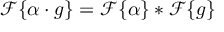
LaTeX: { \mathcal { F } } \{ \alpha \cdot g \} = { \mathcal { F } } \{ \alpha \} * { \mathcal { F } } \{ g \}